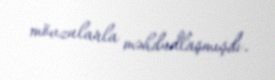
mövzularla məhdudlaşmışdı.